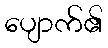
ပျောက်၏